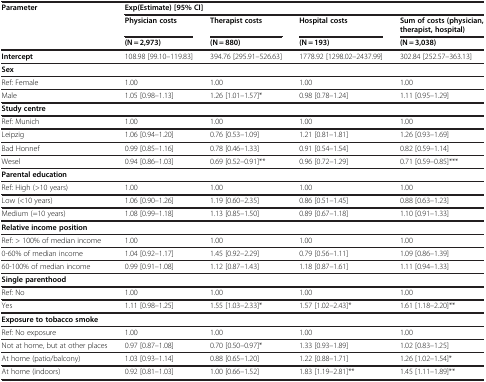
<table><thead><tr><td><b>Parameter</b></td><td colspan="4"><b>Exp(Estimate) [95% CI]</b></td></tr><tr><td><b> </b></td><td><b>Physician costs</b></td><td><b>Therapist costs</b></td><td><b>Hospital costs</b></td><td><b>Sum of costs (physician, therapist, hospital)</b></td></tr><tr><td><b> </b></td><td><b>(N = 2,973)</b></td><td><b>(N = 880)</b></td><td><b>(N = 193)</b></td><td><b>(N = 3,038)</b></td></tr></thead><tbody><tr><td><b>Intercept</b></td><td>108.98 [99.10–119.83]</td><td>394.76 [295.91–526.63]</td><td>1778.92 [1298.02–2437.99]</td><td>302.84 [252.57–363.13]</td></tr><tr><td colspan="5"><b>Sex</b></td></tr><tr><td>Ref: Female</td><td>1.00</td><td>1.00</td><td>1.00</td><td>1.00</td></tr><tr><td>Male</td><td>1.05 [0.98–1.13]</td><td>1.26 [1.01–1.57]*</td><td>0.98 [0.78–1.24]</td><td>1.11 [0.95–1.29]</td></tr><tr><td colspan="5"><b>Study centre</b></td></tr><tr><td>Ref: Munich</td><td>1.00</td><td>1.00</td><td>1.00</td><td>1.00</td></tr><tr><td>Leipzig</td><td>1.06 [0.94–1.20]</td><td>0.76 [0.53–1.09]</td><td>1.21 [0.81–1.81]</td><td>1.26 [0.93–1.69]</td></tr><tr><td>Bad Honnef</td><td>0.99 [0.85–1.16]</td><td>0.78 [0.46–1.33]</td><td>0.91 [0.54–1.54]</td><td>0.82 [0.59–1.14]</td></tr><tr><td>Wesel</td><td>0.94 [0.86–1.03]</td><td>0.69 [0.52–0.91]**</td><td>0.96 [0.72–1.29]</td><td>0.71 [0.59–0.85]***</td></tr><tr><td colspan="5"><b>Parental education</b></td></tr><tr><td>Ref: High (&gt;10 years)</td><td>1.00</td><td>1.00</td><td>1.00</td><td>1.00</td></tr><tr><td>Low (&lt;10 years)</td><td>1.06 [0.90–1.26]</td><td>1.19 [0.60–2.35]</td><td>0.86 [0.51–1.45]</td><td>0.88 [0.63–1.23]</td></tr><tr><td>Medium (=10 years)</td><td>1.08 [0.99–1.18]</td><td>1.13 [0.85–1.50]</td><td>0.89 [0.67–1.18]</td><td>1.10 [0.91–1.33]</td></tr><tr><td colspan="5"><b>Relative income position</b></td></tr><tr><td>Ref: &gt; 100% of median income</td><td>1.00</td><td>1.00</td><td>1.00</td><td>1.00</td></tr><tr><td>0-60% of median income</td><td>1.04 [0.92–1.17]</td><td>1.45 [0.92–2.29]</td><td>0.79 [0.56–1.11]</td><td>1.09 [0.86–1.39]</td></tr><tr><td>60-100% of median income</td><td>0.99 [0.91–1.08]</td><td>1.12 [0.87–1.43]</td><td>1.18 [0.87–1.61]</td><td>1.11 [0.94–1.33]</td></tr><tr><td colspan="5"><b>Single parenthood</b></td></tr><tr><td>Ref: No</td><td>1.00</td><td>1.00</td><td>1.00</td><td>1.00</td></tr><tr><td>Yes</td><td>1.11 [0.98–1.25]</td><td>1.55 [1.03–2.33]*</td><td>1.57 [1.02–2.43]*</td><td>1.61 [1.18–2.20]**</td></tr><tr><td colspan="5"><b>Exposure to tobacco smoke</b></td></tr><tr><td>Ref: No exposure</td><td>1.00</td><td>1.00</td><td>1.00</td><td>1.00</td></tr><tr><td>Not at home, but at other places</td><td>0.97 [0.87–1.08]</td><td>0.70 [0.50–0.97]*</td><td>1.33 [0.93–1.89]</td><td>1.02 [0.83–1.25]</td></tr><tr><td>At home (patio/balcony)</td><td>1.03 [0.93–1.14]</td><td>0.88 [0.65–1.20]</td><td>1.22 [0.88–1.71]</td><td>1.26 [1.02–1.54]*</td></tr><tr><td>At home (indoors)</td><td>0.92 [0.81–1.03]</td><td>1.00 [0.66–1.52]</td><td>1.83 [1.19–2.81]**</td><td>1.45 [1.11–1.89]**</td></tr></tbody></table>